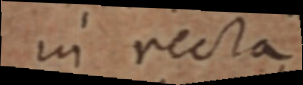
in recta